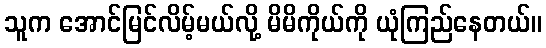
သူက အောင်မြင်လိမ့်မယ်လို့ မိမိကိုယ်ကို ယုံကြည်နေတယ်။